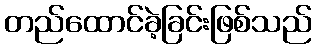
တည်ထောင်ခဲ့ခြင်းဖြစ်သည်